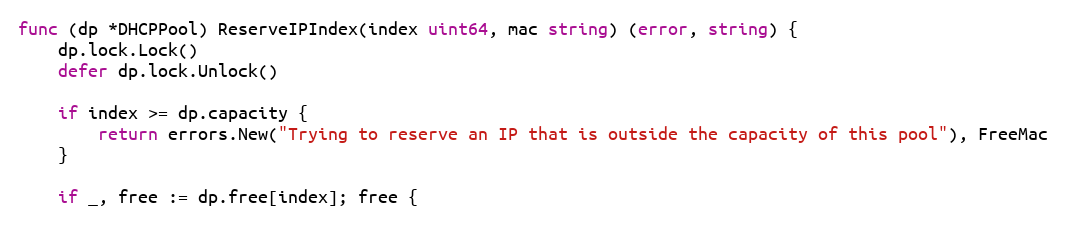
Language: Go
func (dp *DHCPPool) ReserveIPIndex(index uint64, mac string) (error, string) {
	dp.lock.Lock()
	defer dp.lock.Unlock()

	if index >= dp.capacity {
		return errors.New("Trying to reserve an IP that is outside the capacity of this pool"), FreeMac
	}

	if _, free := dp.free[index]; free {